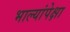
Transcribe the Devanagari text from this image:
भाल्यांपेक्षा